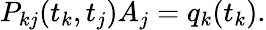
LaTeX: P_{kj}(t_{k},t_{j})A_{j}=q_{k}(t_{k}).